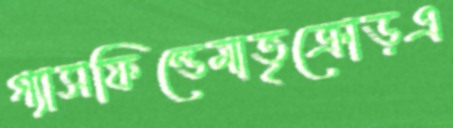
গ্যাসফিল্ডেমাতৃক্রোড়এ